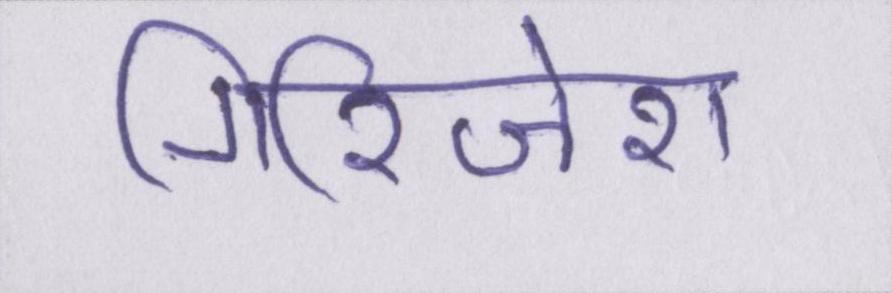
गिरिजेश